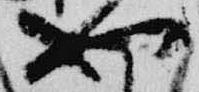
也